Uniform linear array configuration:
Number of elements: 16
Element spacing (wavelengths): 1
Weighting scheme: binomial
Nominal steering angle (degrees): -60
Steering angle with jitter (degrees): -58.481
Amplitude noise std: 0.05
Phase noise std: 0.05

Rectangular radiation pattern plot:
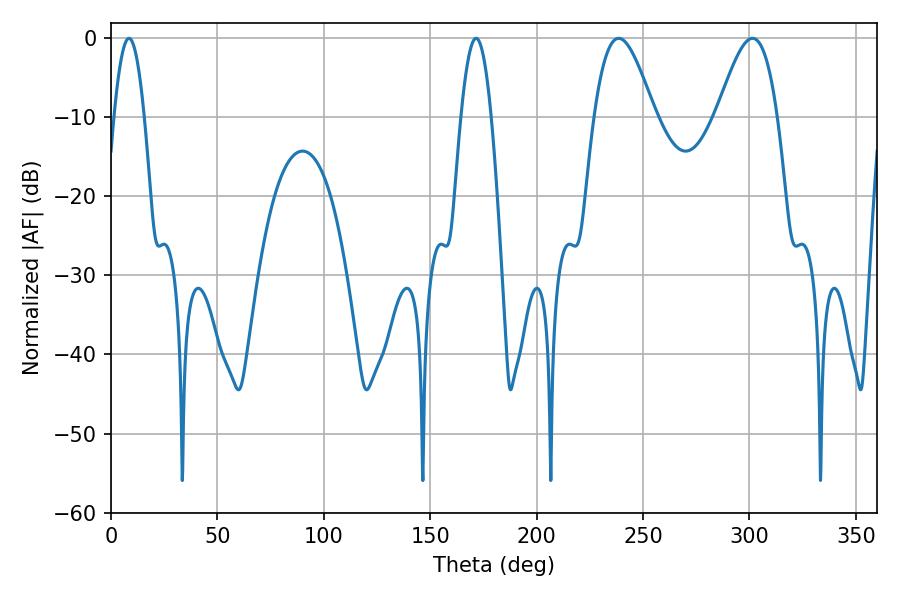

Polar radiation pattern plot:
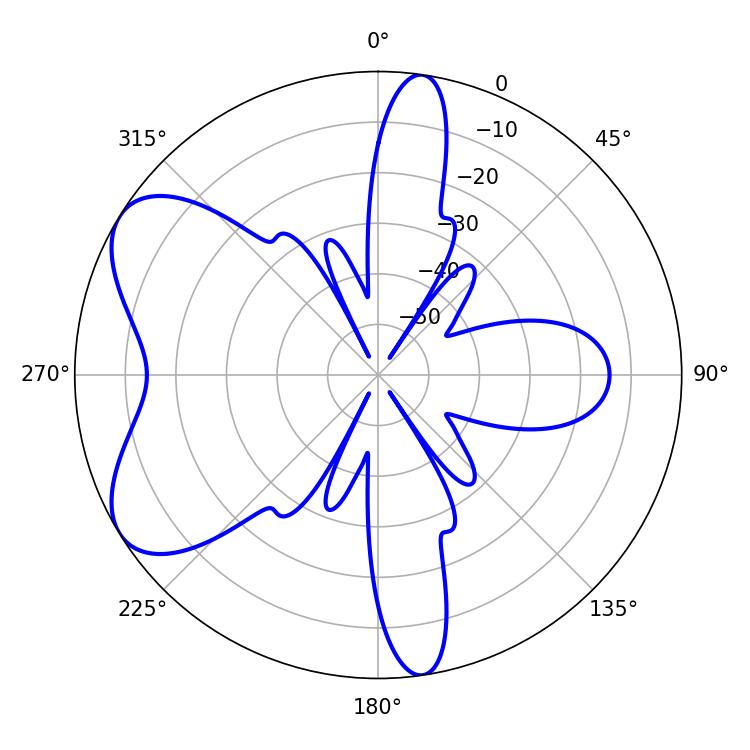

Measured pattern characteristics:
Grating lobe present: TRUE
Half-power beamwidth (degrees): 7.56
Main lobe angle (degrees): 8.46